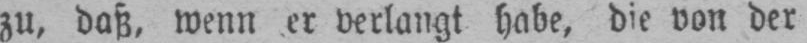
zu, daß, wenn er verlangt habe, die von der